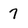
Character: 7